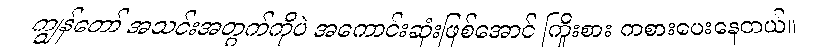
ကျွန်တော် အသင်းအတွက်ကိုပဲ အကောင်းဆုံးဖြစ်အောင် ကြိုးစား ကစားပေးနေတယ်။